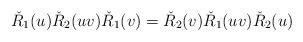
LaTeX: \begin{align*}\check R_1(u)\check R_{2}(uv)\check R_1(v)=\check R_{2}(v)\check R_1(uv)\check R_{2}(u)\ \ \ \ \ \end{align*}